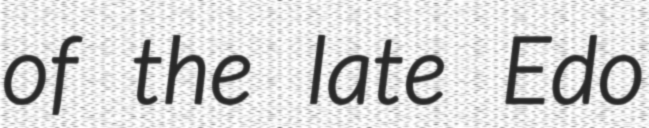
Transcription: of the late Edo